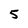
Character: 5